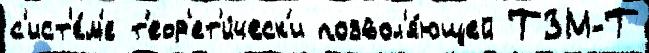
с'ист'е́м'е т'еор'ет'и́ческ'и позвол'я́ющей ТЗМ-Т